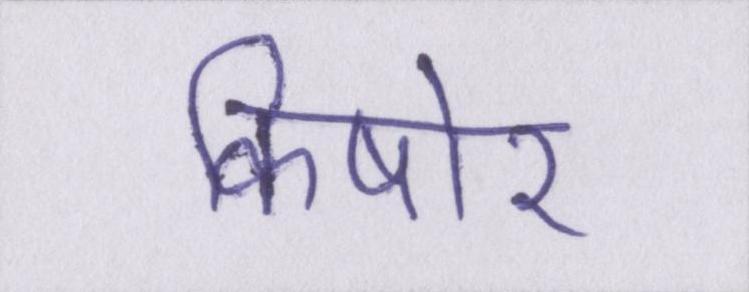
किषोर